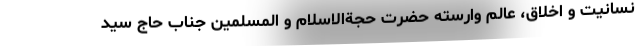
نسانیت و اخلاق، عالم وارسته حضرت حجةالاسلام و المسلمین جناب حاج سید